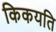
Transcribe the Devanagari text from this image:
किकयति